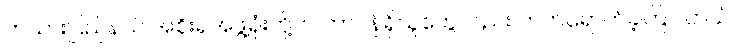
ကယားပြည်နယ် အစိုးရအဖွဲ့ရုံးတို့က တာဝန်ရှိသူတွေလည်း တက်ရောက်ခဲ့ကြပါတယ်။